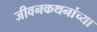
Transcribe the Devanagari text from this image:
जीवनकथनांच्या